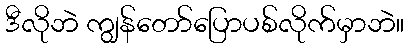
ဒီလိုဘဲ ကျွန်တော်ပြောပစ်လိုက်မှာဘဲ။